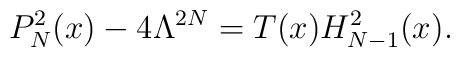
P_N^2(x) - 4\Lambda^{2N} = T(x) H_{N-1}^2(x).